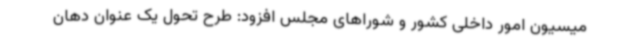
میسیون امور داخلی کشور و شوراهای مجلس افزود: طرح تحول یک عنوان دهان